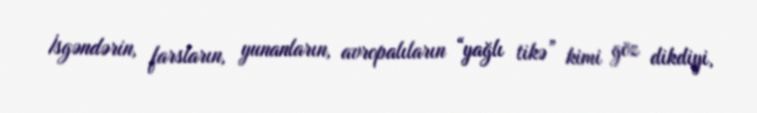
İsgəndərin, farsların, yunanların, avropalıların “yağlı tikə” kimi göz dikdiyi,